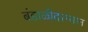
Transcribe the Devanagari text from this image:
बंडाळीदरम्यान